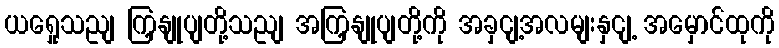
ယရှေုသညျ ကြှနျုပျတို့သညျ အကြှနျုပျတို့ကို အခှငျ့အလမျးနှငျ့ အမှောင်ထုကို